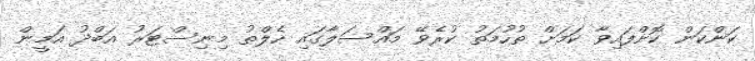
ކަންކަން ކޮށްފައިވާ ކަމަށް ތުހުމަތު ކުރެވޭ މައްސަލާގައި ހެލްތު މިނިސްޓަރު އަބްދު އަމީން